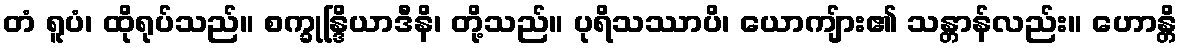
တံ ရူပံ၊ ထိုရုပ်သည်။ စက္ခုန္ဒြိယာဒီနိ၊ တို့သည်။ ပုရိသဿာပိ၊ ယောကျ်ား၏ သန္တာန်လည်း။ ဟောန္တိ